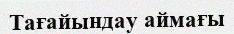
Тағайындау аймағы